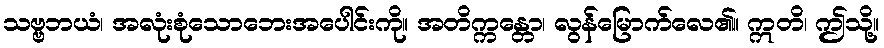
သဗ္ဗဘယံ၊ အလုံးစုံသောဘေးအပေါင်းကို။ အတိက္ကန္တော၊ လွန်မြောက်လေ၏။ ဣတိ၊ ဤသို့။